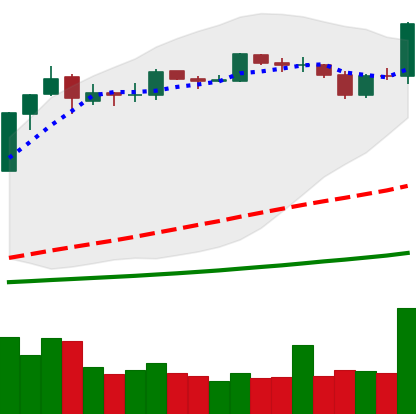
Ticker: BNB-USD
Chart end date: 2019-03-24
Forward return: -4.485%
Label: down_3_5